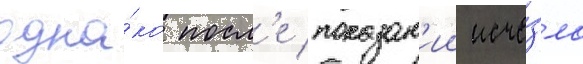
одна́ко посл'е показан'ии исче́зла